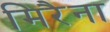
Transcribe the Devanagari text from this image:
मिरैना